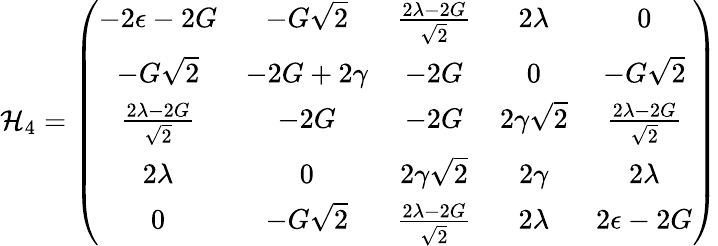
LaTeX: \mathcal{H}_{4}=\left(\begin{array}{ccccc}{-2\epsilon-2G}&{-G\sqrt{2}}&{\frac{2\lambda-2G}{\sqrt{2}}}&{2\lambda}&{0}\\ {-G\sqrt{2}}&{-2G+2\gamma}&{-2G}&{0}&{-G\sqrt{2}}\\ {\frac{2\lambda-2G}{\sqrt{2}}}&{-2G}&{-2G}&{2\gamma\sqrt{2}}&{\frac{2\lambda-2G}{\sqrt{2}}}\\ {2\lambda}&{0}&{2\gamma\sqrt{2}}&{2\gamma}&{2\lambda}\\ {0}&{-G\sqrt{2}}&{\frac{2\lambda-2G}{\sqrt{2}}}&{2\lambda}&{2\epsilon-2G}\end{array}\right)